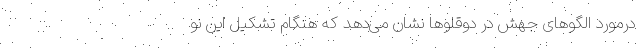
درمورد الگو‌های جهش در دوقلو‌ها نشان می‌دهد که هنگام تشکیل این نو